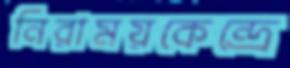
নিরাময়কেন্দ্রে